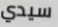
سيدي